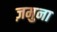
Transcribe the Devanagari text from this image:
ज़मुना